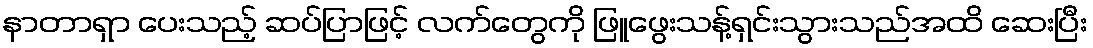
နာတာရှာ ပေးသည့် ဆပ်ပြာဖြင့် လက်တွေကို ဖြူဖွေးသန့်ရှင်းသွားသည်အထိ ဆေးပြီး